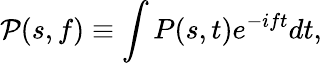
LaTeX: \mathcal{P}(s,f)\equiv\int P(s,t)e^{-ift}dt,